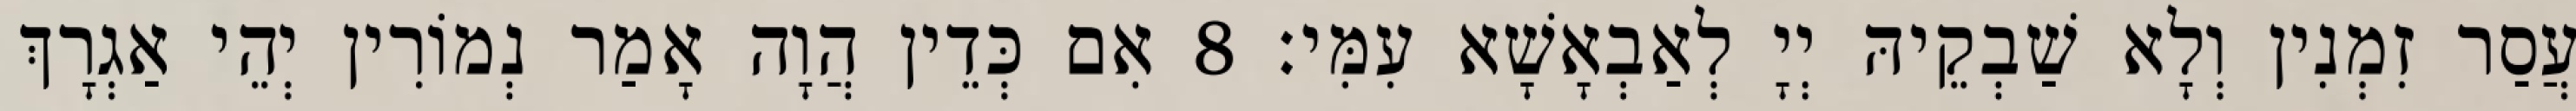
עֲסַר זִמְנִין וְלָא שַׁבְקֵיהּ יְיָ לְאַבְאָשָׁא עִמִּי׃ 8 אִם כְּדֵין הֲוָה אָמַר נְמוֹרִין יְהֵי אַגְרָךְ